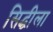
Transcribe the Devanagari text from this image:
सिद्धीला